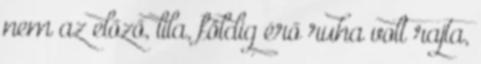
nem az előző, lila, földig érő ruha volt rajta,